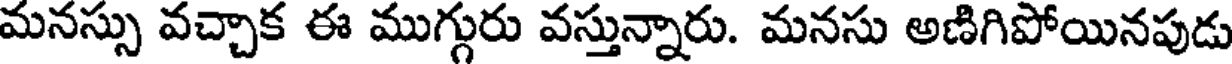
మనస్సు వచ్చాక ఈ ముగ్గురు వస్తున్నారు. మనసు అణిగిపోయినపుడు